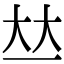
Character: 𠀤